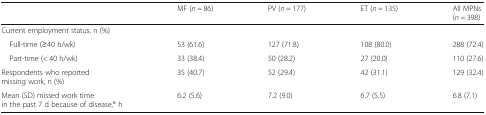
<table><thead><tr><td></td><td><b>MF (<i>n</i> = 86)</b></td><td><b>PV (<i>n</i> = 177)</b></td><td><b>ET (<i>n</i> = 135)</b></td><td><b>All MPNs (<i>n</i> = 398)</b></td></tr></thead><tbody><tr><td colspan="5">Current employment status, n (%)</td></tr><tr><td> Full-time (≥40 h/wk)</td><td>53 (61.6)</td><td>127 (71.8)</td><td>108 (80.0)</td><td>288 (72.4)</td></tr><tr><td> Part-time (&lt; 40 h/wk)</td><td>33 (38.4)</td><td>50 (28.2)</td><td>27 (20.0)</td><td>110 (27.6)</td></tr><tr><td>Respondents who reported missing work, n (%)</td><td>35 (40.7)</td><td>52 (29.4)</td><td>42 (31.1)</td><td>129 (32.4)</td></tr><tr><td>Mean (SD) missed work time in the past 7 d because of disease,* h</td><td>6.2 (5.6)</td><td>7.2 (9.0)</td><td>6.7 (5.5)</td><td>6.8 (7.1)</td></tr></tbody></table>